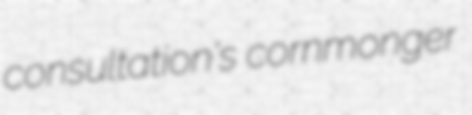
consultation's cornmonger